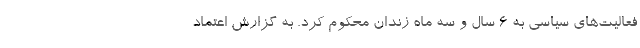
فعالیت‌های سیاسی به ۶ سال و سه ماه زندان محکوم کرد. به گزارش اعتماد